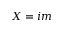
X = i m